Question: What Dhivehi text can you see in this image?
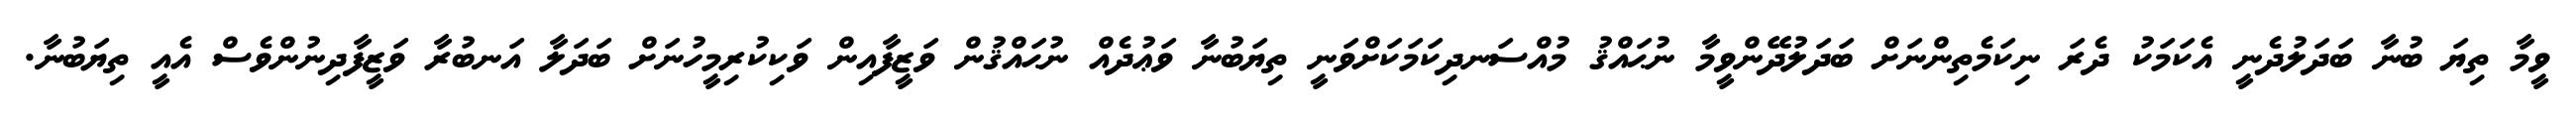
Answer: ވީމާ ތިޔަ ބުނާ ބަދަލުދެނީ އެކަމަކު ދެރަ ނިކަމެތިންނަށް ބަދަލުދޭންވީމާ ނުޙައްޤު މުއްސަނދިކަމަކަށްވަނީ ތިޔަބުނާ ވަޢުދެއް ނުޙައްޤުން ވަޒީފާއިން ވަކިކުރިމީހުނަށް ބަދަލާ އަނބުރާ ވަޒީފާދިނުންވެސް އެއީ ތިޔަބުނާ.